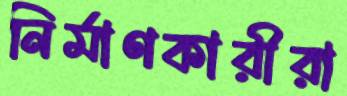
নির্মাণকারীরা